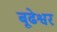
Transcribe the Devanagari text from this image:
बूढेश्वर